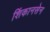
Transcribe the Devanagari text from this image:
शिंकानसेन